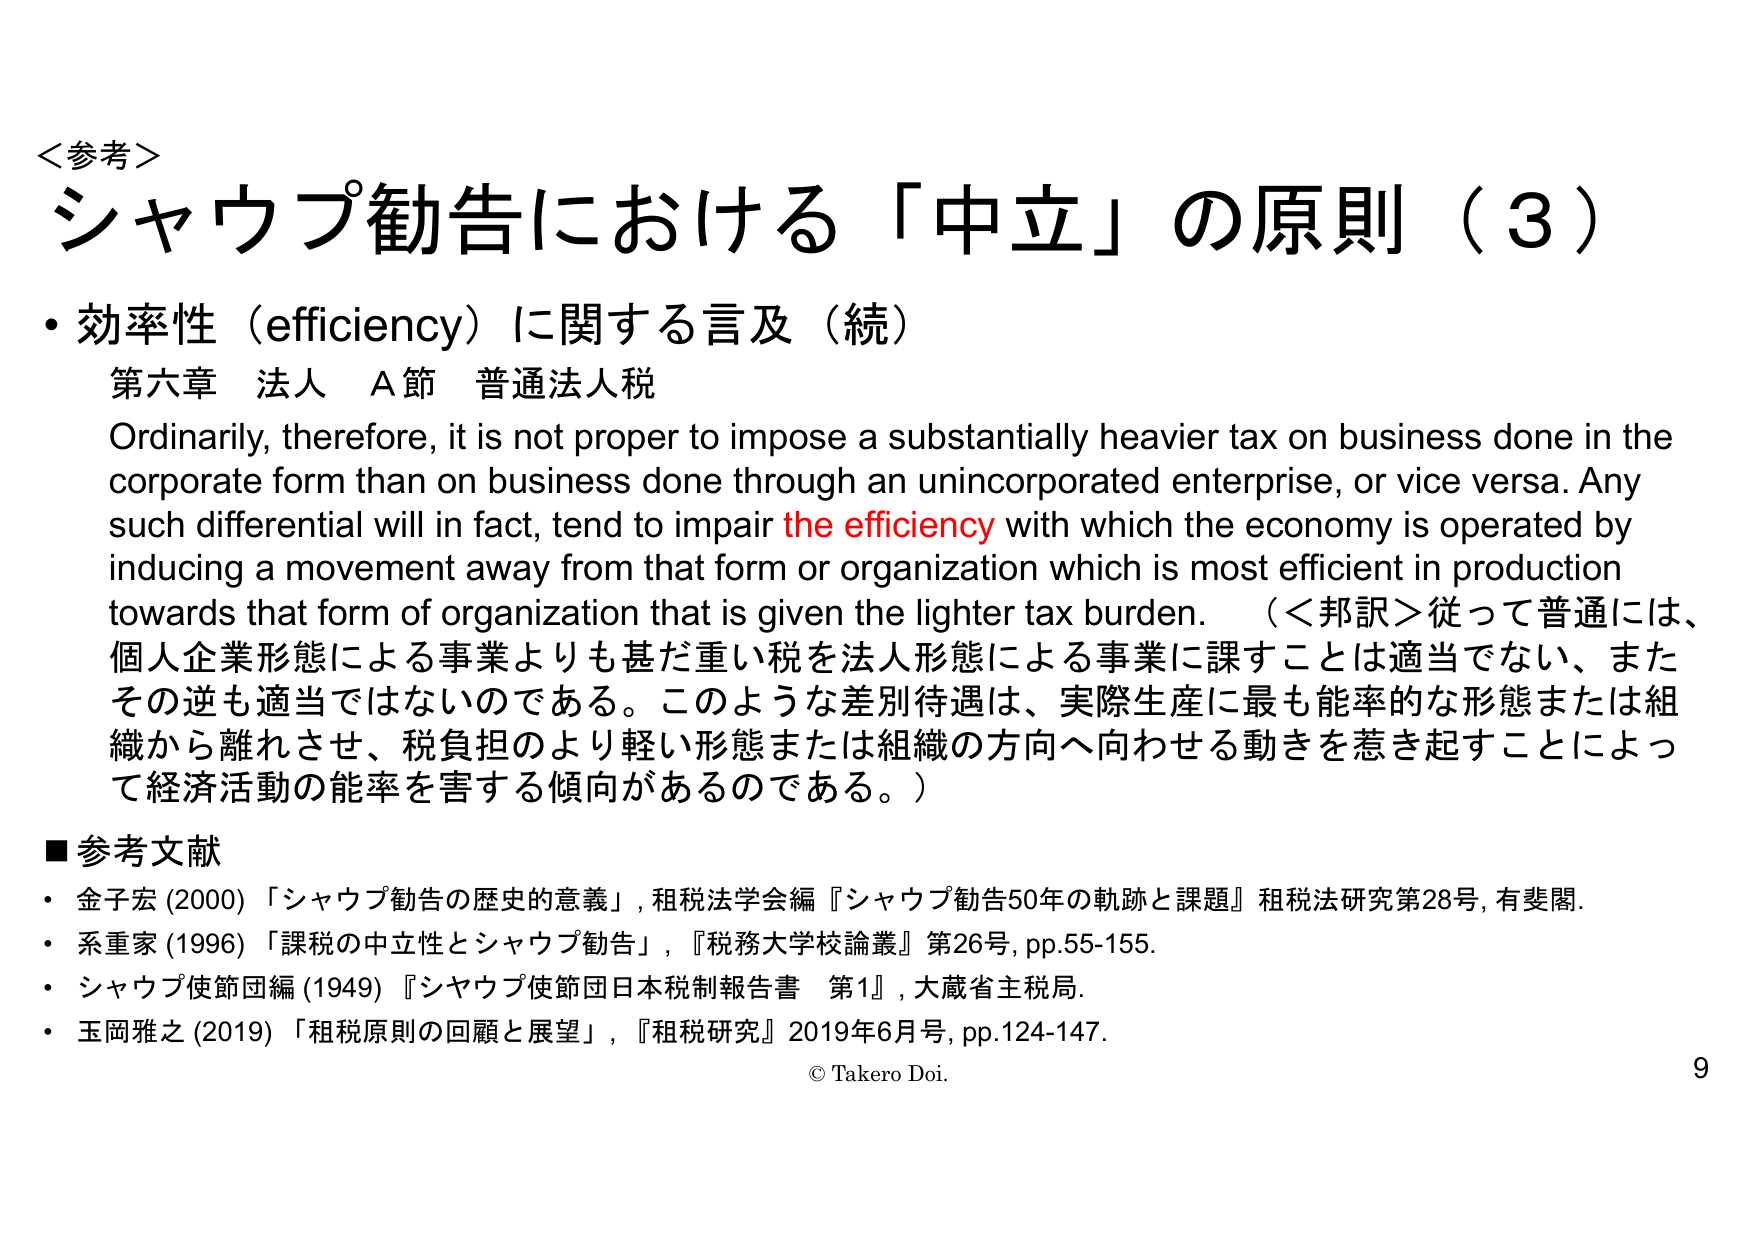
＜参考＞
シャウプ勧告における「中立」の原則（3）
・効率性（efficiency）に関する言及（続）
　第六章　法人　A節　普通法人税
Ordinarily, therefore, it is not proper to impose a substantially heavier tax on business done in the corporate form than on business done through an unincorporated enterprise, or vice versa. Any such differential will in fact, tend to impair the efficiency with which the economy is operated by inducing a movement away from that form or organization which is most efficient in production towards that form of organization that is given the lighter tax burden. （＜邦訳＞従って普通には、個人企業形態による事業よりも甚だ重い税を法人形態による事業に課すことは適当でない、またその逆も適当ではないのである。このような差別待遇は、実際生産に最も能率的な形態または組織から離れさせ、税負担のより軽い形態または組織の方向へ向わせる動きを惹き起こすことによって経済活動の能率を害する傾向があるのである。）
■参考文献
・金子宏 (2000) 「シャウプ勧告の歴史的意義」, 租税法学会編『シャウプ勧告50年の軌跡と課題』租税法研究第28号, 有斐閣.
・系重家 (1996) 「課税の中立性とシャウプ勧告」, 『税務大学校論叢』第26号, pp.55-155.
・シャウプ使節団編 (1949) 『シャウプ使節団日本税制報告書　第1』, 大蔵省主税局.
・玉岡雅之 (2019) 「租税原則の回顧と展望」, 『租税研究』2019年6月号, pp.124-147.
© Takero Doi.
9